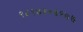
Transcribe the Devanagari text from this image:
९८९७१०६१७७